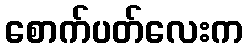
စောက်ပတ်လေးက